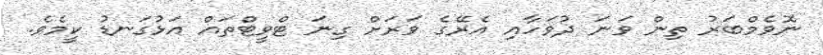
ނޮވެމްބަރު ތިން ވަނަ ދުވަހާއި އެރޭގެ ވަރަށް ގިނަ ޓްވީޓްތައް އަޅުގަނޑު ކީމެވެ.